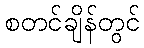
စတင်ချိန်တွင်